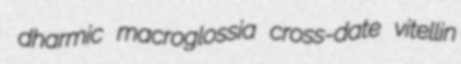
dharmic macroglossia cross-date vitellin